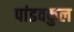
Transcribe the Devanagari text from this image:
पांडवकुल